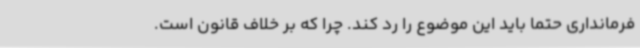
فرمانداری حتما باید این موضوع را رد کند. چرا که بر خلاف قانون است.